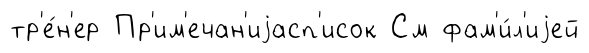
тр'е́н'ер Пр'им'ечан'иjасп'исок См фам'и́л'иjей